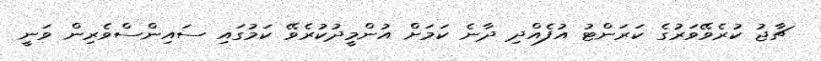
ޗާޖު ކުރެވޭވަރުގެ ކަރަންޓު އުފެއްދި ދާނެ ކަމަށް އުންމީދުކުރެވޭ ކަމުގައި ސައިންސްވެރިން ވަނީ